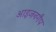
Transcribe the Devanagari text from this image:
आइजनगैप